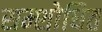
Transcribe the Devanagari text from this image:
सम्शोधित